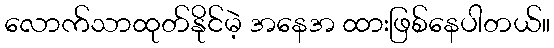
လောက်သာထုတ်နိုင်မဲ့ အနေအ ထားဖြစ်နေပါတယ်။